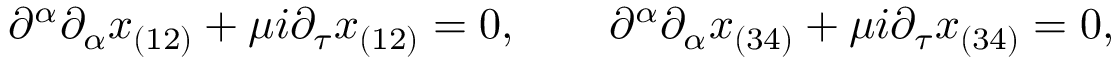
\partial ^ { \alpha } \partial _ { \alpha } x _ { ( 1 2 ) } + \mu i \partial _ { \tau } x _ { ( 1 2 ) } = 0 , \qquad \partial ^ { \alpha } \partial _ { \alpha } x _ { ( 3 4 ) } + \mu i \partial _ { \tau } x _ { ( 3 4 ) } = 0 ,